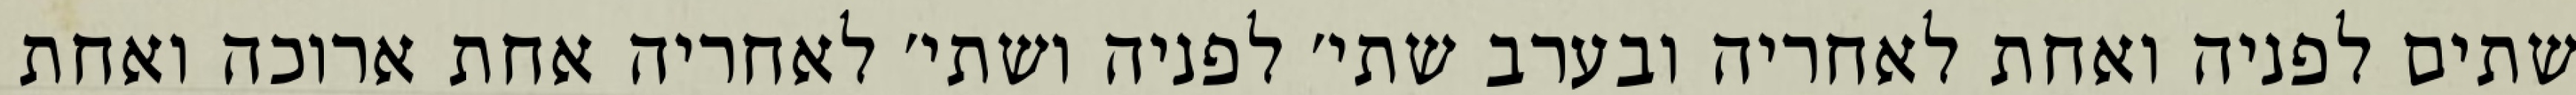
שתים לפניה ואחת לאחריה ובערב שתי׳ לפניה ושתי׳ לאחריה אחת ארוכה ואחת